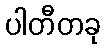
ပါတီတခု